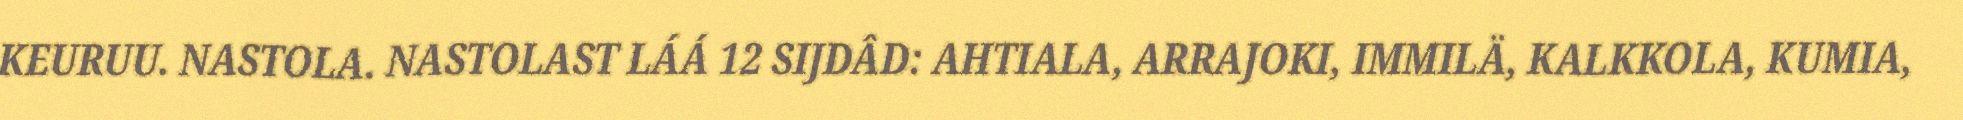
KEURUU. NASTOLA. NASTOLAST LÁÁ 12 SIJDÂD: AHTIALA, ARRAJOKI, IMMILÄ, KALKKOLA, KUMIA,